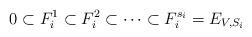
LaTeX: \begin{align*} 0 \subset F_i^1 \subset F_i^2 \subset \dots \subset F_i^{s_i}=E_{V,S_i}\end{align*}